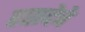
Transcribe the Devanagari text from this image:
रसदेचे